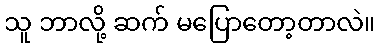
သူ ဘာလို့ ဆက် မပြောတော့တာလဲ။